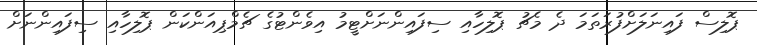
ޕޮލިސް ފައިނަލަށްފުރަތަމަ ދެ މެޗު ޕޮލިހާއި ސިފައިންނަށްޓީމު އިވެންޓުގެ ޗެމްޕިއަންކަން ޕޮލިހާއި ސިފައިންނަށް